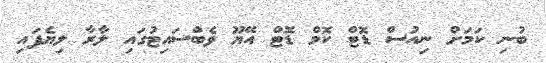
ބުނި ކަމަށް ނިއުސް ޑޮޓް ކޮމް ޑޮޓް އޭޔޫ ވެބްސައިޓުގައި ލާރާ ލިޔެފައި